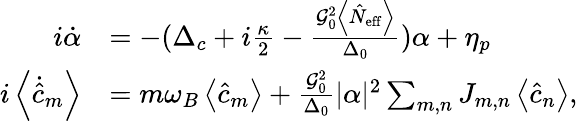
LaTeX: \begin{array}{rl}{i\dot{\alpha}}&{=-(\Delta_{c}+i\frac{\kappa}{2}-\frac{\mathcal{G}_{0}^{2}\left\langle\hat{N}_{\mathrm{eff}}\right\rangle}{\Delta_{0}})\alpha+\eta_{p}}\\ {i\left\langle\dot{\hat{c}}_{m}\right\rangle}&{=m\omega_{B}\left\langle\hat{c}_{m}\right\rangle+\frac{\mathcal{G}_{0}^{2}}{\Delta_{0}}|\alpha|^{2}\sum_{m,n}J_{m,n}\left\langle\hat{c}_{n}\right\rangle,}\end{array}